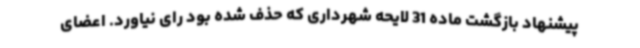
پیشنهاد بازگشت ماده 31 لایحه شهرداری که حذف شده بود رای نیاورد. اعضای